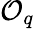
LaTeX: \mathcal{O}_{q}